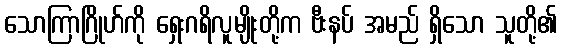
သောကြာဂြိုဟ်ကို ရှေးဂရိလူမျိုးတို့က ဗီးနပ် အမည် ရှိသော သူတို့၏